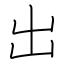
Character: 出